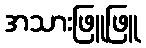
အသားဖြူဖြူ